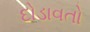
દોડાવતો